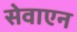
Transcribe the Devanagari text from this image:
सेवाएन